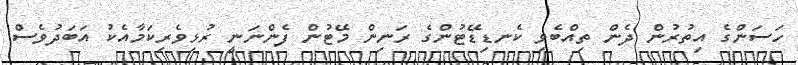
ހަސަންގެ އިތުރުން ދެން ތިއްބެވި ކެނޑިޑޭޓުންގެ ރަނިން މޭޓުން ފެންނަނީ ރުޅިވެރިކަމާއެކު އަބަދުވެސް